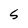
Character: 5